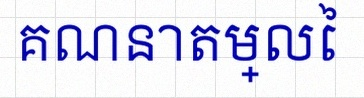
គណនាតម្លៃ